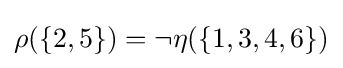
{\textstyle \rho (\{2,5\})=\neg \eta (\{1,3,4,6\})}